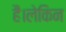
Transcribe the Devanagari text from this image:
हैं।लेकिन